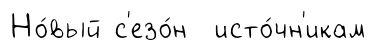
Но́вый с'езо́н исто́чн'икам